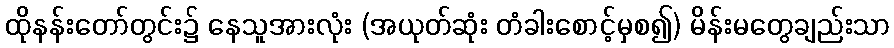
ထိုနန်းတော်တွင်း၌ နေသူအားလုံး (အယုတ်ဆုံး တံခါးစောင့်မှစ၍) မိန်းမတွေချည်းသာ